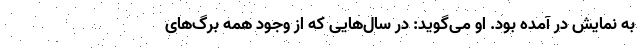
به نمایش در آمده بود. او می‌گوید: در سال‌هایی که از وجود همه برگ‌های